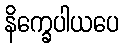
နိက္ခေပါယပေ